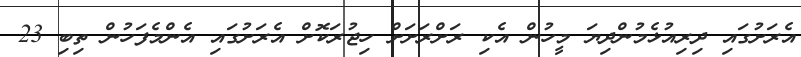
އެރަށުގައި ދިރިއުޅެމުންދިޔަ މީހުން އެކި ރަށްރަށަށް ހިޖުރަކޮށް އެރަށުގައި އެންމެފަހުން ތިބި 23